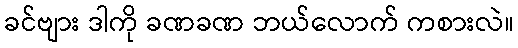
ခင်ဗျား ဒါကို ခဏခဏ ဘယ်လောက် ကစားလဲ။